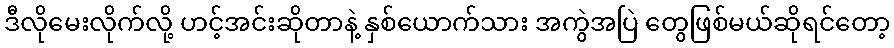
ဒီလိုမေးလိုက်လို့ ဟင့်အင်းဆိုတာနဲ့ နှစ်ယောက်သား အကွဲအပြဲ တွေဖြစ်မယ်ဆိုရင်တော့